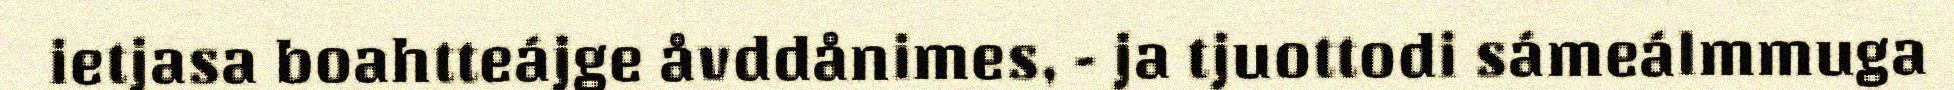
ietjasa boahtteájge åvddånimes, - ja tjuottodi sámeálmmuga